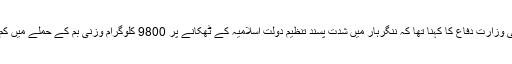
یاد رہے کہ حال ہی میں افعانستان کی وزارت دفاع کا کہنا تھا کہ ننگرہار میں شدت پسند تنظیم دولت اسلامیہ کے ٹھکانے پر 9800 کلوگرام وزنی بم کے حملے میں کم از کم 36 جنگجو ہلاک ہوئے تھے۔